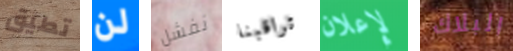
تطيق لن نفشل تراقبنا لإعلان البلاك